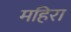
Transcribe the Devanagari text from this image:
महिरा